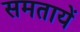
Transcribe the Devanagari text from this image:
समतायें